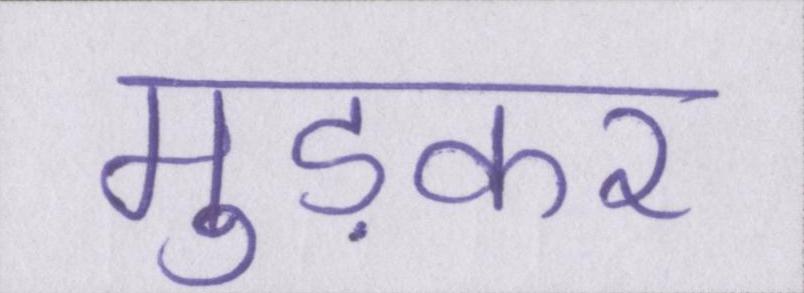
मुड़कर